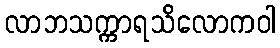
လာဘသက္ကာရသိလောကဝါ